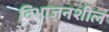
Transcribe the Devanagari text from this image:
विभाजनशील